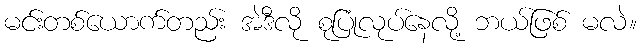
မင်းတစ်ယောက်တည်း အဲဒီလို စုပြုံလုပ်နေလို့ ဘယ်ဖြစ် မလဲ။